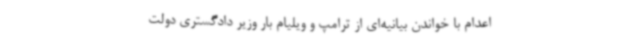
اعدام با خواندن بیانیه‌ای از ترامپ و ویلیام بار وزیر دادگستری دولت